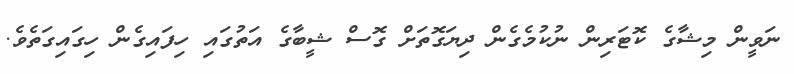
ނަވީން މިޝާގެ ކޮޓަރިން ނުކުމެގެން ދިޔަގޮތަށް ގޮސް ޝީބާގެ އަތުގައި ހިފައިގެން ހިގައިގަތެވެ.